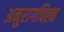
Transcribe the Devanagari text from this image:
अनुरागचिह्न